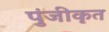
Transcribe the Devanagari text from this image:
पुंजीकृत